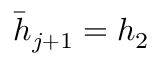
\bar { h } _ { j + 1 } = h _ { 2 }